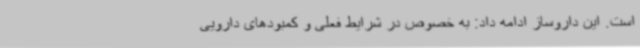
است. این داروساز ادامه داد: به خصوص در شرایط فعلی و کمبودهای دارویی